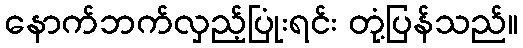
နောက်ဘက်လှည့်ပြုံးရင်း တုံ့ပြန်သည်။